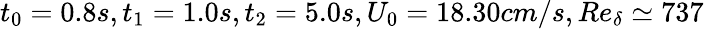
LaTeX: t_{0}=0.8s,t_{1}=1.0s,t_{2}=5.0s,U_{0}=18.30cm/s,Re_{\delta}\simeq 737